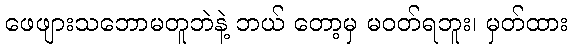
ဖေဖျားသဘောမတူဘဲနဲ့ ဘယ် တော့မှ မဝတ်ရဘူး၊ မှတ်ထား